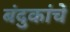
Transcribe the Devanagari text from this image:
बंदुकांचे